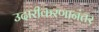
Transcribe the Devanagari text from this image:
उदारीकरणानंतर